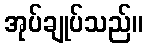
အုပ်ချုပ်သည်။